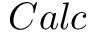
C a l c